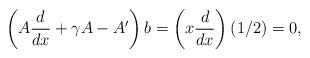
LaTeX: \begin{align*}\left(A\frac{d}{dx}+\gamma A-A'\right)b=\left(x\frac{d}{dx}\right)(1/2)=0,\end{align*}